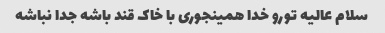
سلام عالیه تورو خدا همینجوری با خاک قند باشه جدا نباشه